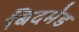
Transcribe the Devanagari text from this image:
बिदमेड